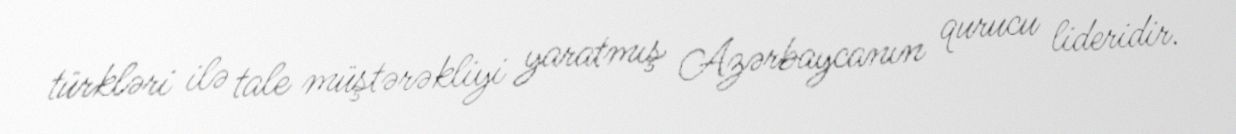
türkləri ilə tale müştərəkliyi yaratmış Azərbaycanın qurucu lideridir.